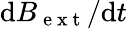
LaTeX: \textrm{d}{B}_{\mathrm{~e~x~t~}}/\textrm{d}{t}